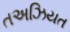
તઅઝિયત